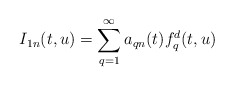
\begin{align*}I_{1n}(t, u) = \sum _{q=1}^{\infty}a_{qn}(t)f_q^d(t, u)\end{align*}